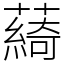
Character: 𦿟